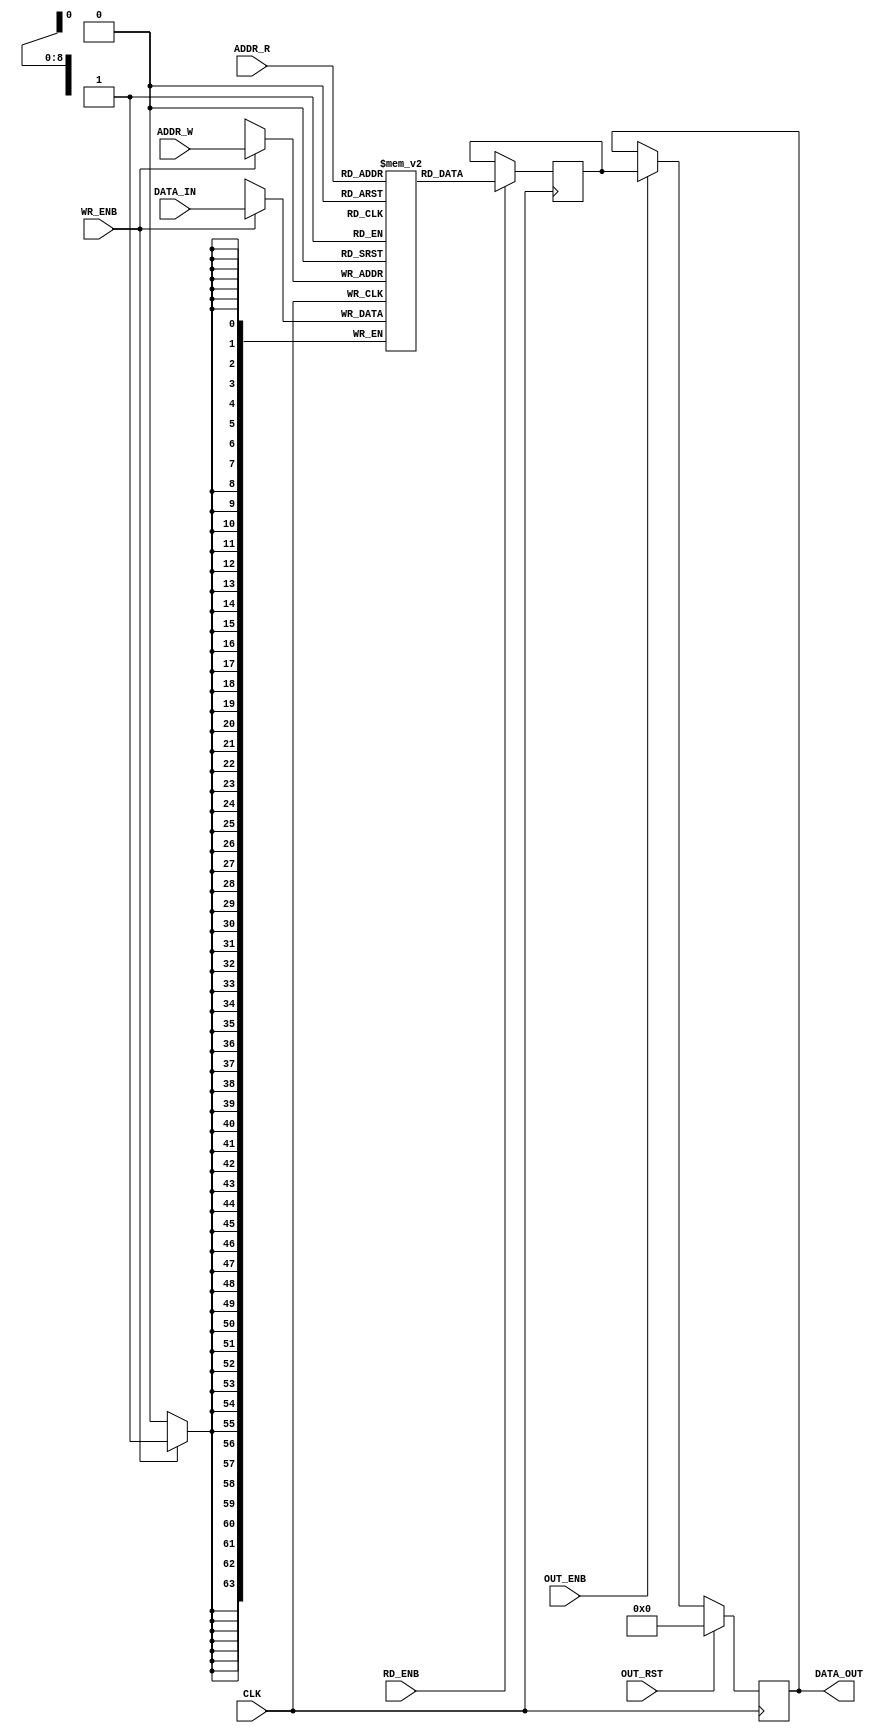
`timescale 1ns / 1ps
//////////////////////////////////////////////////////////////////////////////////
// Company:         RISC-V FYP Group
// 
// Design Name:     
// Module Name:     Memory Modules
// Project Name:    RISC-V Base ISA 
// Target Devices:  Any
// Tool Versions: 
// Description:     Parameterized depth and width multiplexer
// 
// Dependencies: 
// 
// Revision:
// Revision 0.01 - File Created
// Additional Comments:
// 
//////////////////////////////////////////////////////////////////////////////////


module Mem_Simple_Dual_Port #(
        // Primary parameters
        parameter RAM_WIDTH = 64,                       // Specify RAM data width
        parameter RAM_DEPTH = 512,                      // Specify RAM depth (number of entries)
        parameter RAM_PERFORMANCE = "HIGH_PERFORMANCE", // Select "HIGH_PERFORMANCE" or "LOW_LATENCY" 
        parameter INIT_FILE = ""                        // Specify name/location of RAM initialization file if using one (leave blank if not)
    ) (
        // Inputs
        input [clogb2(RAM_DEPTH-1)-1:0] ADDR_W,   // Write address bus, width determined from RAM_DEPTH
        input [clogb2(RAM_DEPTH-1)-1:0] ADDR_R,   // Read address bus, width determined from RAM_DEPTH
        input [RAM_WIDTH-1:0] DATA_IN,            // RAM input data
        input CLK,                                // Clock
        input WR_ENB,                             // Write enable
        input RD_ENB,                             // Read Enable, for additional power savings, disable when not in use
        input OUT_RST,                            // Output reset (does not affect memory contents)
        input OUT_ENB,                            // Output register enable
      
        // Outputs
        output [RAM_WIDTH-1:0] DATA_OUT           // RAM output data
    );

    reg [RAM_WIDTH-1:0] bram [RAM_DEPTH-1:0];
    reg [RAM_WIDTH-1:0] ram_data = {RAM_WIDTH{1'b0}};

    // The following code either initializes the memory values to a specified file or to all zeros to match hardware
    generate
        if (INIT_FILE != "") begin: use_init_file
            initial
                $readmemh(INIT_FILE, bram, 0, RAM_DEPTH-1);
        end else begin: init_bram_to_zero
            integer ram_index;
            initial
                for (ram_index = 0; ram_index < RAM_DEPTH; ram_index = ram_index + 1)
                    bram[ram_index] = {RAM_WIDTH{1'b0}};
        end
    endgenerate

    always @(posedge CLK) begin
        if (WR_ENB)
            bram[ADDR_W] <= DATA_IN;
        if (RD_ENB)
            ram_data <= bram[ADDR_R];
    end

    //  The following code generates HIGH_PERFORMANCE (use output register) or LOW_LATENCY (no output register)
    generate
        if (RAM_PERFORMANCE == "LOW_LATENCY") begin: no_output_register
            // The following is a 1 clock cycle read latency at the cost of a longer clock-to-out timing
            assign DATA_OUT = ram_data;
            
        end else begin: output_register
            // The following is a 2 clock cycle read latency with improve clock-to-out timing
            reg [RAM_WIDTH-1:0] DATA_OUT_reg = {RAM_WIDTH{1'b0}};
            
            always @(posedge CLK) begin
                if (OUT_RST)
                    DATA_OUT_reg <= {RAM_WIDTH{1'b0}};
                else if (OUT_ENB)
                    DATA_OUT_reg <= ram_data;
            end    
            
            assign DATA_OUT = DATA_OUT_reg;
        end
    endgenerate

    //  The following function calculates the address width based on specified RAM depth
    function integer clogb2;
        input integer depth;
        for (clogb2 = 0; depth > 0; clogb2 = clogb2 + 1)
            depth = depth >> 1;
    endfunction

endmodule

/*
//  Simple Dual Port RAM
    Mem_Simple_Dual_Port #(
        .RAM_WIDTH(),                           // Specify RAM data width
        .RAM_DEPTH(),                           // Specify RAM depth (number of entries)
        .RAM_PERFORMANCE("HIGH_PERFORMANCE"),   // Select "HIGH_PERFORMANCE" or "LOW_LATENCY" 
        .INIT_FILE("")                          // Specify name/location of RAM initialization file if using one (leave blank if not)
    ) your_instance_name (
        .ADDR_W(),          // Write address bus, width determined from RAM_DEPTH
        .ADDR_R(),          // Read address bus, width determined from RAM_DEPTH
        .DATA_IN(),         // RAM input data, width determined from RAM_WIDTH
        .CLK(),             // Clock
        .WR_ENB(),          // Write enable
        .RD_ENB(),	            // Read Enable, for additional power savings, disable when not in use
        .OUT_RST(),         // Output reset (does not affect memory contents)
        .OUT_ENB(),         // Output register enable
        .DATA_OUT()         // RAM output data, width determined from RAM_WIDTH
    );
*/